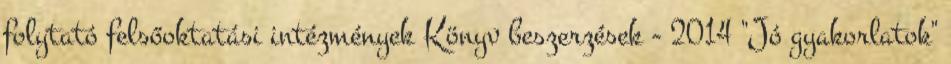
folytató felsőoktatási intézmények Könyv beszerzések - 2014 "Jó gyakorlatok"